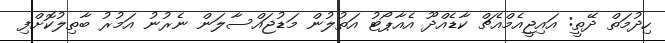
ހިދުމަތް ދޭތީ: އައިޖީއެމްއެޗް ކާޑެއްދޫ އެއާޕޯޓު އަތުލުން މަޑުޖައްސާލަން ނެރުނު އަމުރު ބާތިލުކޮށްފި